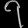
Digit: ၇